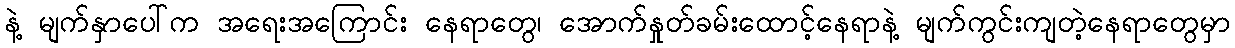
နဲ့ မျက်နှာပေါ်က အရေးအကြောင်း နေရာတွေ၊ အောက်နှုတ်ခမ်းထောင့်နေရာနဲ့ မျက်ကွင်းကျတဲ့နေရာတွေမှာ